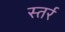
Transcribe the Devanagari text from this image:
स्तर्र